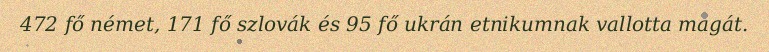
472 fő német, 171 fő szlovák és 95 fő ukrán etnikumnak vallotta magát.